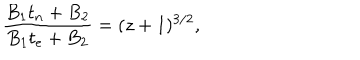
LaTeX: \frac { B _ { 1 } t _ { n } + B _ { 2 } } { B _ { 1 } t _ { e } + B _ { 2 } } = ( z + 1 ) ^ { 3 / 2 } ,